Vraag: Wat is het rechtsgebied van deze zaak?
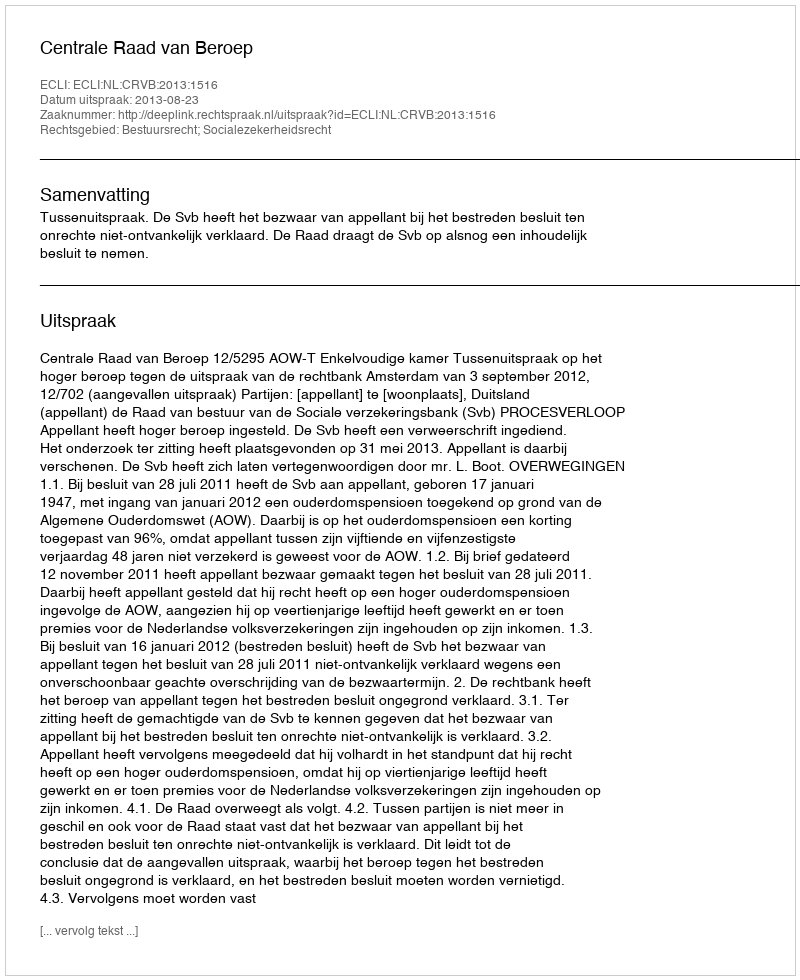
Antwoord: Bestuursrecht; Socialezekerheidsrecht